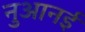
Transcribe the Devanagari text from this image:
नुआनई